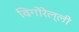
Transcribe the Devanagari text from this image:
विगोरेल्ली